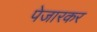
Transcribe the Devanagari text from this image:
पेजारकर